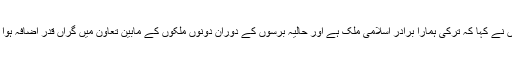
اُنہوں نے کہا کہ ترکی ہمارا برادر اسلامی ملک ہے اور حالیہ برسوں کے دوران دونوں ملکوں کے مابین تعاون میں گراں قدر اضافہ ہوا ہے۔